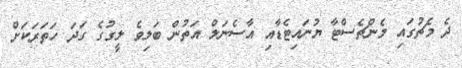
ދެ މެޗުގައި މެންޗެސްޓާ ޔުނައިޓެޑާއި އާސެނަލް އަތުން ބަލިވެ ލީގުގެ ގަދަ ހަތަރަކަށް